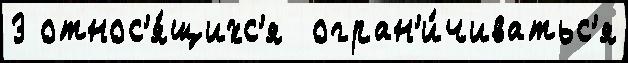
3 относ'я́щихс'я  огран'и́чиватьс'я